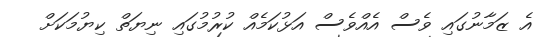
އެ ޒަމާނުގައި ވެސް އެއްވެސް އަޅުކަމެއް ކުރުމުގައި ނިޔަތް ކިޔުމަކަށް